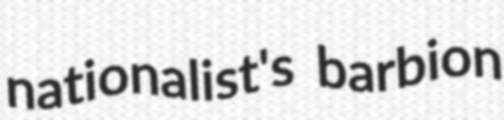
nationalist's barbion